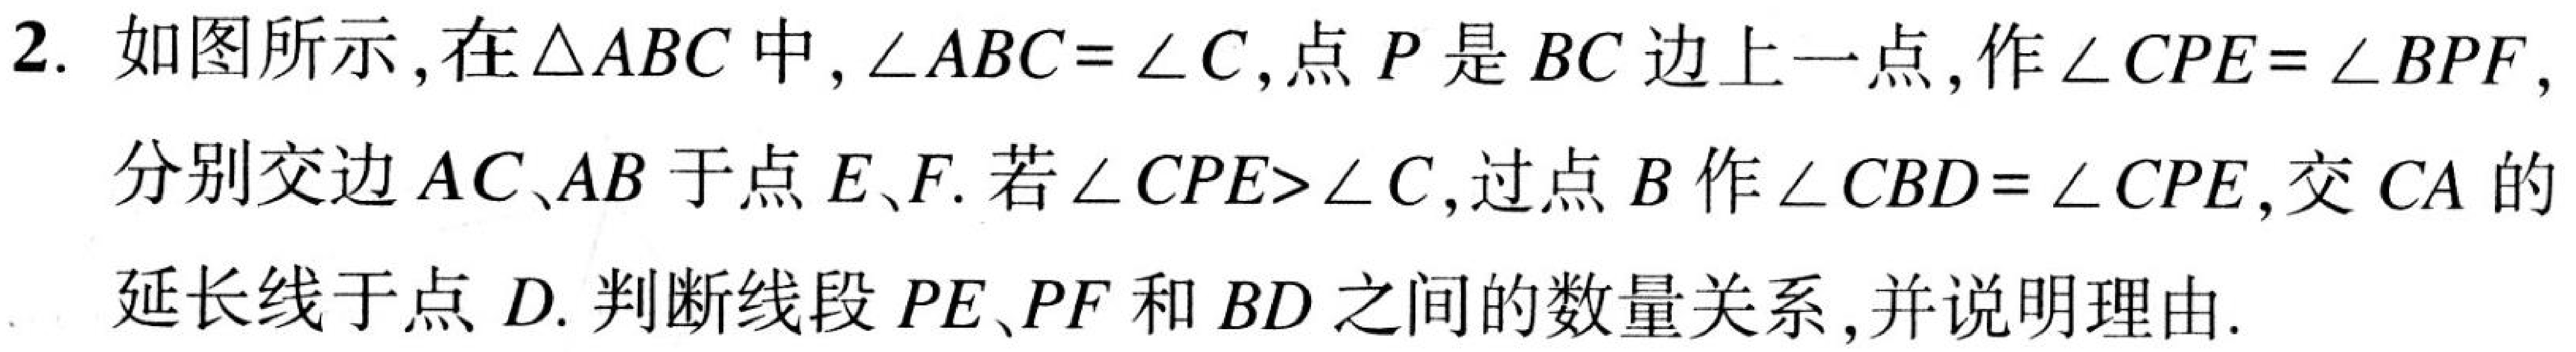
2. 如图所示，在$\triangle ABC$中，$\angle ABC = \angle C$，点$P$是$BC$边上一点，作$\angle CPE = \angle BPF$，
分别交边$AC、AB$于点$E、F$. 若$\angle CPE>\angle C$，过点$B$作$\angle CBD = \angle CPE$，交$CA$的
延长线于点$D$. 判断线段$PE、PF$和$BD$之间的数量关系，并说明理由.